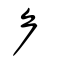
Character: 厃